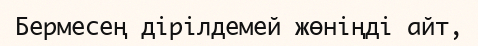
Бермесең дірілдемей жөніңді айт,